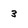
Character: 3